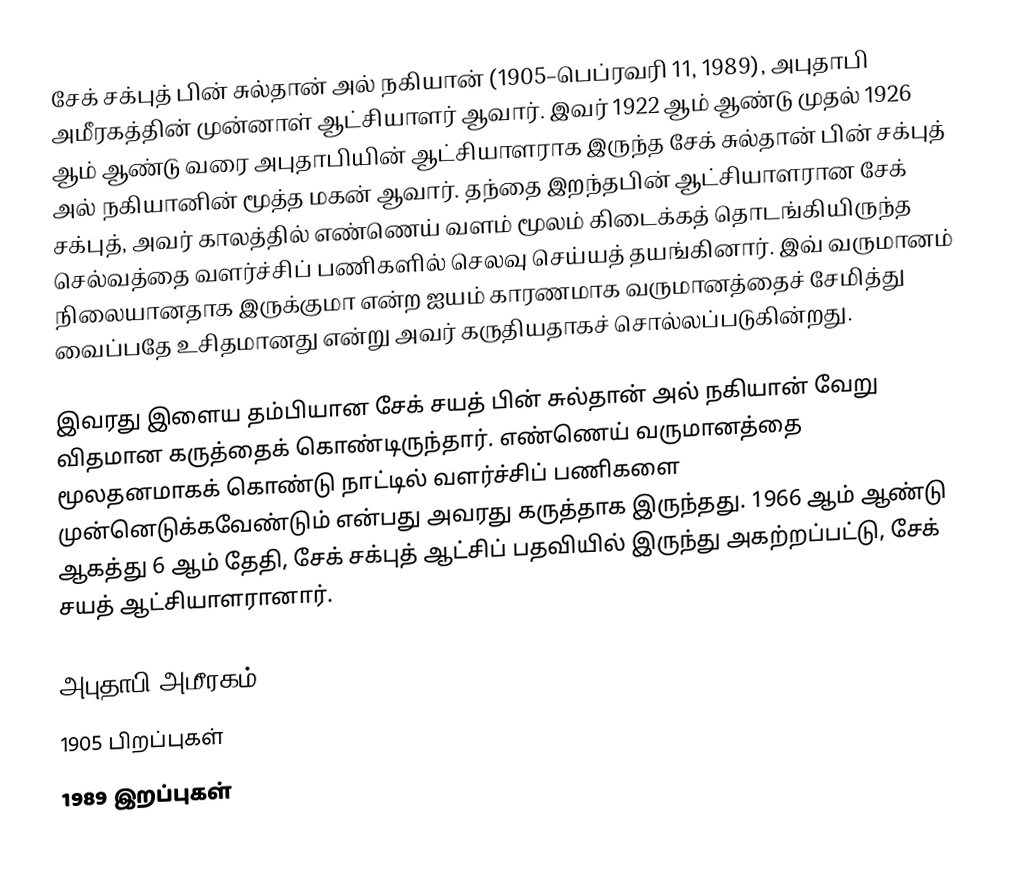
சேக் சக்புத் பின் சுல்தான் அல் நகியான் (1905–பெப்ரவரி 11, 1989), அபுதாபி அமீரகத்தின் முன்னாள் ஆட்சியாளர் ஆவார். இவர் 1922 ஆம் ஆண்டு முதல் 1926 ஆம் ஆண்டு வரை அபுதாபியின் ஆட்சியாளராக இருந்த சேக் சுல்தான் பின் சக்புத் அல் நகியானின் மூத்த மகன் ஆவார். தந்தை இறந்தபின் ஆட்சியாளரான சேக் சக்புத், அவர் காலத்தில் எண்ணெய் வளம் மூலம் கிடைக்கத் தொடங்கியிருந்த செல்வத்தை வளர்ச்சிப் பணிகளில் செலவு செய்யத் தயங்கினார். இவ் வருமானம் நிலையானதாக இருக்குமா என்ற ஐயம் காரணமாக வருமானத்தைச் சேமித்து வைப்பதே உசிதமானது என்று அவர் கருதியதாகச் சொல்லப்படுகின்றது.

இவரது இளைய தம்பியான சேக் சயத் பின் சுல்தான் அல் நகியான் வேறு விதமான கருத்தைக் கொண்டிருந்தார். எண்ணெய் வருமானத்தை மூலதனமாகக் கொண்டு நாட்டில் வளர்ச்சிப் பணிகளை முன்னெடுக்கவேண்டும் என்பது அவரது கருத்தாக இருந்தது. 1966 ஆம் ஆண்டு ஆகத்து 6 ஆம் தேதி, சேக் சக்புத் ஆட்சிப் பதவியில் இருந்து அகற்றப்பட்டு, சேக் சயத் ஆட்சியாளரானார்.

அபுதாபி அமீரகம்
1905 பிறப்புகள்
1989 இறப்புகள்